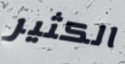
الكثير